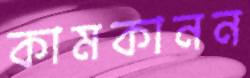
কামকানন